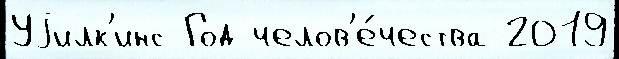
Уjилк'инс Год челов'е́чества 2019